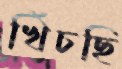
খিঁচছি